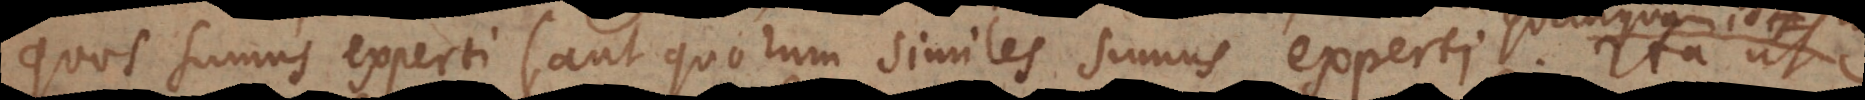
quos sumus experti (aut quorum similes sumus experti, quanquam